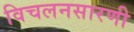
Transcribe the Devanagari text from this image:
विचलनसारणी